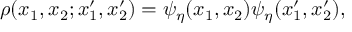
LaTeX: \rho ( x _ { 1 } , x _ { 2 } ; x _ { 1 } ^ { \prime } , x _ { 2 } ^ { \prime } ) = \psi _ { \eta } ( x _ { 1 } , x _ { 2 } ) \psi _ { \eta } ( x _ { 1 } ^ { \prime } , x _ { 2 } ^ { \prime } ) ,